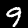
Digit: 9